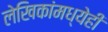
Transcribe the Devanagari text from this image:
लेखिकांमध्येही